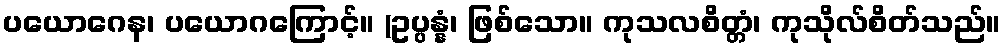
ပယောဂေန၊ ပယောဂကြောင့်။ (ဥပ္ပန္နံ၊ ဖြစ်သော။ ကုသလစိတ္တံ၊ ကုသိုလ်စိတ်သည်။